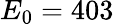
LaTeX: E_{0}=403